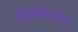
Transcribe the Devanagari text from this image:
ओर्गानिज़शन